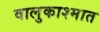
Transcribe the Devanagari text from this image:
वालुकाश्मात